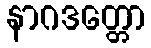
နာဂဒတ္တော